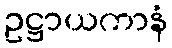
ဥဋ္ဌာယကာနံ